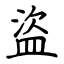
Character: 盜